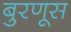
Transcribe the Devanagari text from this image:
बुरणूस